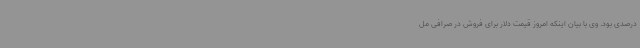
درصدی بود. وی با بیان اینکه امروز قیمت دلار برای فروش در صرافی مل